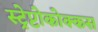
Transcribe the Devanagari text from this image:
स्ट्रेप्टोकोक्कस